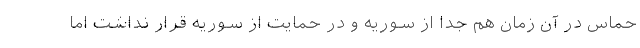
حماس در آن زمان هم جدا از سوریه و در حمایت از سوریه قرار نداشت اما